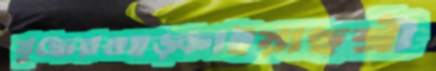
যুদ্ধেরওহড়্‌কাইয়াছশ্রী